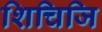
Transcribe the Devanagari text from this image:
शिचिजि